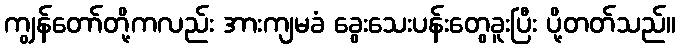
ကျွန်တော်တို့ကလည်း အားကျမခံ ခွေးသေးပန်းတွေခူးပြီး ပို့တတ်သည်။